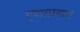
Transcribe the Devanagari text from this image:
गुदालावारा